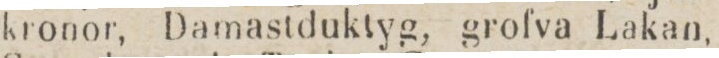
kronor, Damastduktyg, grofva Lakan,